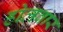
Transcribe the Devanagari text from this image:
होलवार